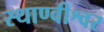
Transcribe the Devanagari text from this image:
स्थाण्वीश्वर